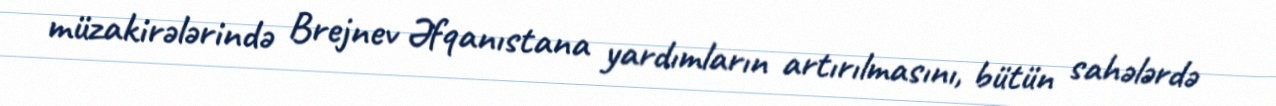
müzakirələrində Brejnev Əfqanıstana yardımların artırılmasını, bütün sahələrdə